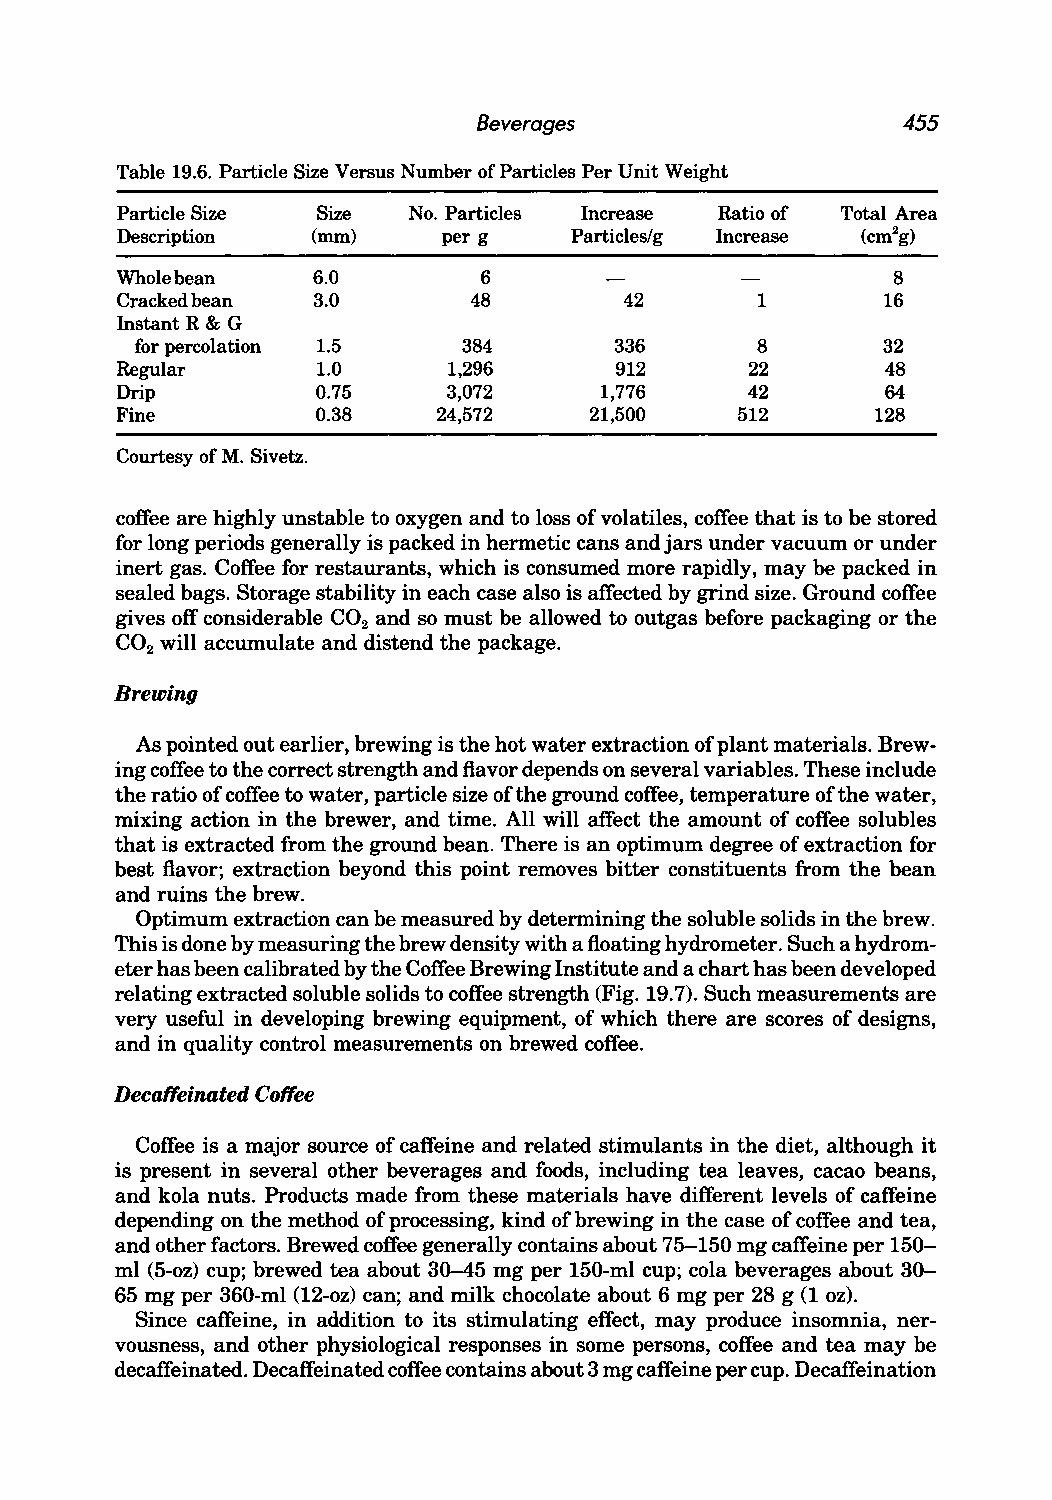
Beverages                   455
 Table 19.6. Particle Size Versus Number of Particles Per Unit Weight
 Particle Size Size No. Particles Increase Ratio of Total Area
 Description  (mm)    perg     Particles/g Increase (cm2g)
 Whole bean   6.0        6                          8
 Cracked bean 3.0       48        42       1       16
 Instant R & G
 for percolation 1.5   384       336      8       32
 Regular      1.0      1,296      912      22       48
 Drip         0.75     3,072     1,776     42       64
 Fine         0.38    24,572    21,500    512      128
 Courtesy of M. Sivetz.
 coffee are highly unstable to oxygen and to loss of volatiles, coffee that is to be stored
 for long periods generally is packed in hermetic cans and jars under vacuum or under
 inert gas. Coffee for restaurants, which is consumed more rapidly, may be packed in
 sealed bags. Storage stability in each case also is affected by grind size. Ground coffee
 gives off considerable CO and so must be allowed to outgas before packaging or the
 2
 CO will accumulate and distend the package.
 2
 Brewing
 As pointed out earlier, brewing is the hot water extraction of plant materials. Brew
 ing coffee to the correct strength and flavor depends on several variables. These include
 the ratio of coffee to water, particle size of the ground coffee, temperature of the water,
 mixing action in the brewer, and time. All will affect the amount of coffee solubles
 that is extracted from the ground bean. There is an optimum degree of extraction for
 best flavor; extraction beyond this point removes bitter constituents from the bean
 and ruins the brew.
 Optimum extraction can be measured by determining the soluble solids in the brew.
 This is done by measuring the brew density with a floating hydrometer. Such a hydrom
 eter has been calibrated by the Coffee Brewing Institute and a chart has been developed
 relating extracted soluble solids to coffee strength (Fig. 19.7). Such measurements are
 very useful in developing brewing equipment, of which there are scores of designs,
 and in quality control measurements on brewed coffee.
 Decaffeinated Coffee
 Coffee is a major source of caffeine and related stimulants in the diet, although it
 is present in several other beverages and foods, including tea leaves, cacao beans,
 and kola nuts. Products made from these materials have different levels of caffeine
 depending on the method of processing, kind of brewing in the case of coffee and tea,
 and other factors. Brewed coffee generally contains about 75-150 mg caffeine per 150-
 ml (5-oz) cup; brewed tea about 30-45 mg per 150-ml cup; cola beverages about 30-
 65 mg per 360-ml (12-oz) can; and milk chocolate about 6 mg per 28 g (1 oz).
 Since caffeine, in addition to its stimulating effect, may produce insomnia, ner
 vousness, and other physiological responses in some persons, coffee and tea may be
 decaffeinated. Decaffeinated coffee contains about 3 mg caffeine per cup. Decaffeination